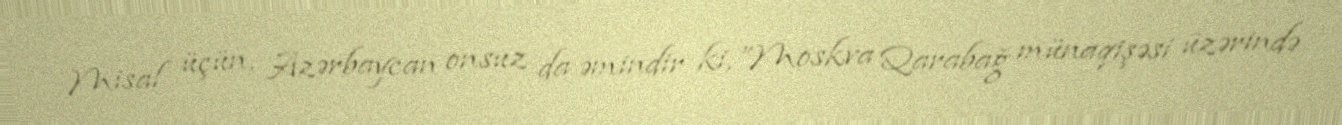
Misal üçün, Azərbaycan onsuz da əmindir ki, ”Moskva Qarabağ münaqişəsi üzərində